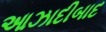
આઝાદીબાદ